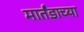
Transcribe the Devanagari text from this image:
मार्तंडाच्या